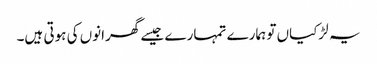
یہ لڑکیاں تو ہمارے تمہارے جیسے گھرانوں کی ہوتی ہیں۔